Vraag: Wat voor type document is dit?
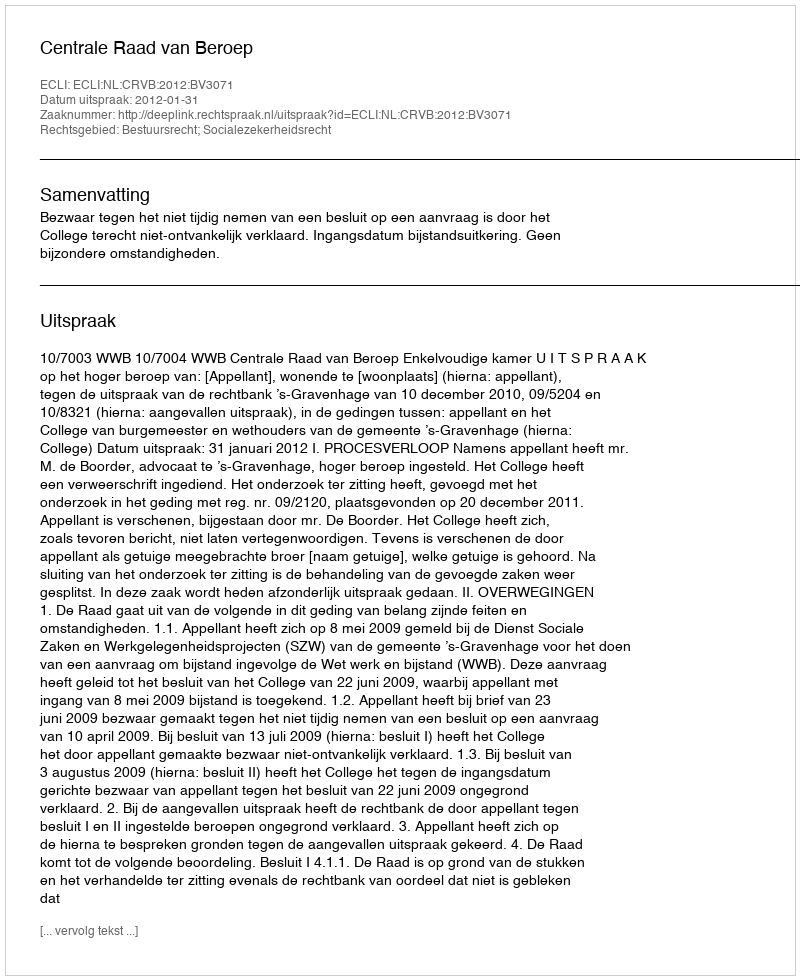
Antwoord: Uitspraak